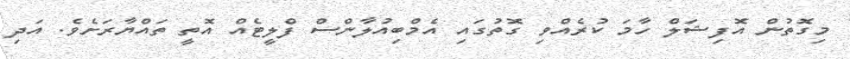
މިގޮތުން އޮފިޝަލް ހާމަ ކުރެއްވި ގޮތުގައި އެމްބިއުލާންސް ފްލީޓެއް އޮތީ ތައްޔާރަށެވެ. އަދި